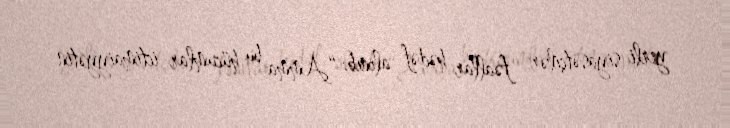
yerli siyasətçilər, fəallar hədəf alınıb: “Amma bu hücumlar ictimaiyyətin